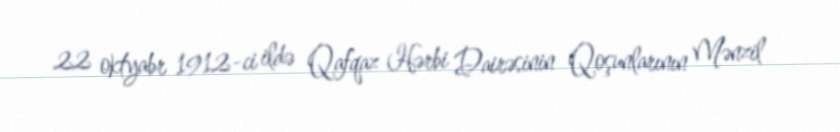
22 oktyabr 1912-ci ildə Qafqaz Hərbi Dairəsinin Qoşunlarının Mənzil